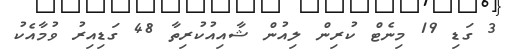
3 ގަޑި 19 މިނެޓް ކުރިން ލިއުން ޝާއިއުކުރިތާ 48 ގަޑިއިރު ވުމާއެކު